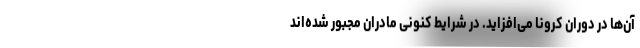
آن‌ها در دوران کرونا می‌افزاید. در شرایط کنونی مادران مجبور شده‌اند